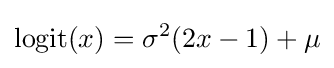
\operatorname {logit} (x)=\sigma ^{2}(2x-1)+\mu